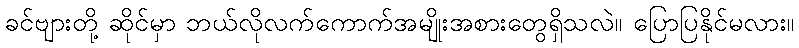
ခင်ဗျားတို့ ဆိုင်မှာ ဘယ်လိုလက်ကောက်အမျိုးအစားတွေရှိသလဲ။ ပြောပြနိုင်မလား။